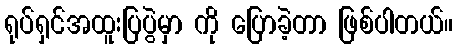
ရုပ်ရှင်အထူးပြပွဲမှာ ကို ပြောခဲ့တာ ဖြစ်ပါတယ်။